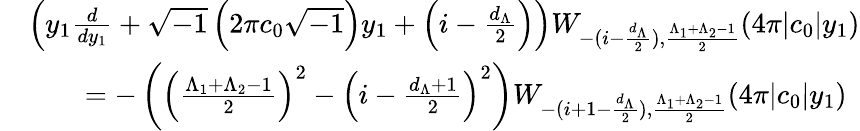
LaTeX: \begin{array}{rl}&{\left(y_{1}\frac{d}{dy_{1}}+\sqrt{-1}\left(2\pi c_{0}\sqrt{-1}\right)y_{1}+\left(i-\frac{d_{\Lambda}}{2}\right)\right)W_{-(i-\frac{d_{\Lambda}}{2}),\frac{\Lambda_{1}+\Lambda_{2}-1}{2}}(4\pi|c_{0}|y_{1})}\\ &{\qquad=-\left(\left(\frac{\Lambda_{1}+\Lambda_{2}-1}{2}\right)^{2}-\left(i-\frac{d_{\Lambda}+1}{2}\right)^{2}\right)W_{-(i+1-\frac{d_{\Lambda}}{2}),\frac{\Lambda_{1}+\Lambda_{2}-1}{2}}(4\pi|c_{0}|y_{1})}\end{array}